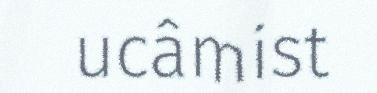
ucâmist